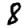
Digit: 8